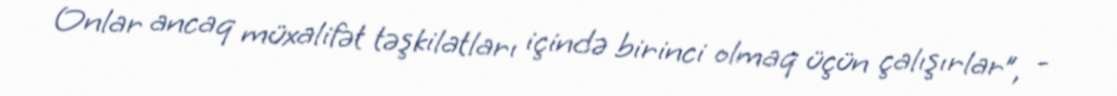
Onlar ancaq müxalifət təşkilatları içində birinci olmaq üçün çalışırlar”, -